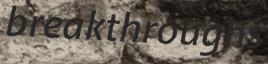
breakthroughs